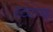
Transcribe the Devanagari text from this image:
स्ट्याण्ड